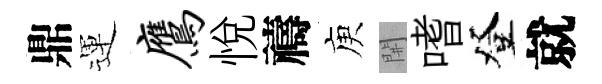
鼎運鹰悅禱庾𨳩嗜登就